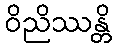
ဝိညိဿန္တိ